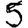
Digit: 5